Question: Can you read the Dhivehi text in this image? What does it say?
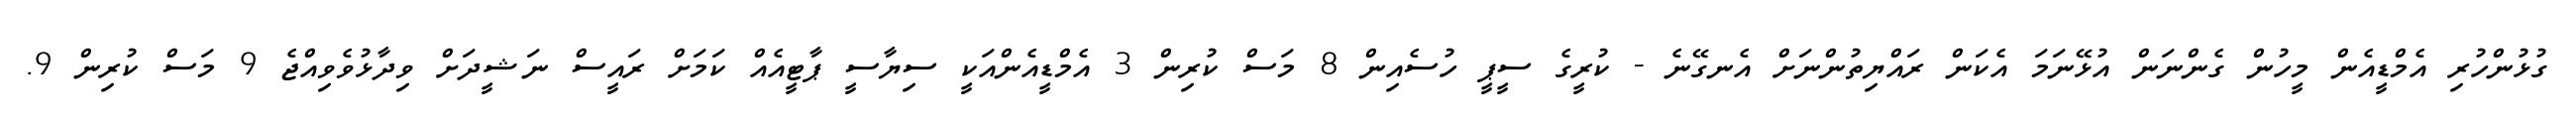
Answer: ގުޅުންހުރި އެމްޑީއެން މީހުން ގެންނަން އުޅޭނަމަ އެކަން ރައްޔިތުންނަށް އެނގޭނެ - ކުރީގެ ސީޕީ ހުސެއިން 8 މަސް ކުރިން 3 އެމްޑީއެންއަކީ ސިޔާސީ ޕާޓީއެއް ކަމަށް ރައީސް ނަޝީދަށް ވިދާޅުވެވިއްޖެ 9 މަސް ކުރިން 9.